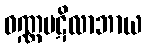
ဝဏ္ဏပဋိလာဘာယ